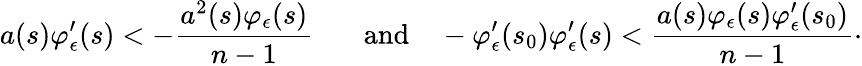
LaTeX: a(s)\varphi_{\epsilon}^{\prime}(s)<-\frac{a^{2}(s)\varphi_{\epsilon}(s)}{n-1}\phantom{-}\quad\mathrm{and}\quad-\varphi_{\epsilon}^{\prime}(s_{0})\varphi_{\epsilon}^{\prime}(s)<\frac{a(s)\varphi_{\epsilon}(s)\varphi_{\epsilon}^{\prime}(s_{0})}{n-1}\cdot